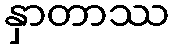
နှာတာဿ